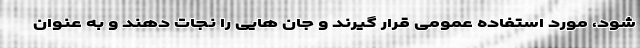
شود، مورد استفاده عمومی قرار گیرند و جان هایی را نجات دهند و به عنوان